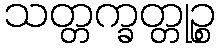
သတ္တက္ခတ္တုဉ္စ